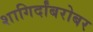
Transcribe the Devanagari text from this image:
शागिर्दांबरोबर